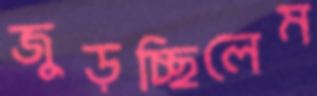
জুড়চ্ছিলেম